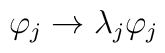
\varphi_{j}   \rightarrow   \lambda_{j} \varphi_{j}